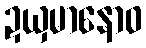
ဍယှမာနောဝ